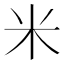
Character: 米